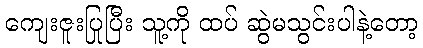
ကျေးဇူးပြုပြီး သူ့ကို ထပ် ဆွဲမသွင်းပါနဲ့တော့